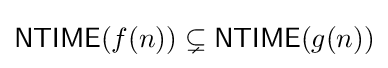
{\mathsf {NTIME}}(f(n))\subsetneq {\mathsf {NTIME}}(g(n))